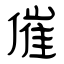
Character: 催